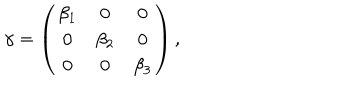
\gamma = \left( \begin{array} { c c c } { { \beta _ { 1 } } } & { { 0 } } & { { 0 } } \\ { { 0 } } & { { \beta _ { 2 } } } & { { 0 } } \\ { { 0 } } & { { 0 } } & { { \beta _ { 3 } } } \\ \end{array} \right) ,